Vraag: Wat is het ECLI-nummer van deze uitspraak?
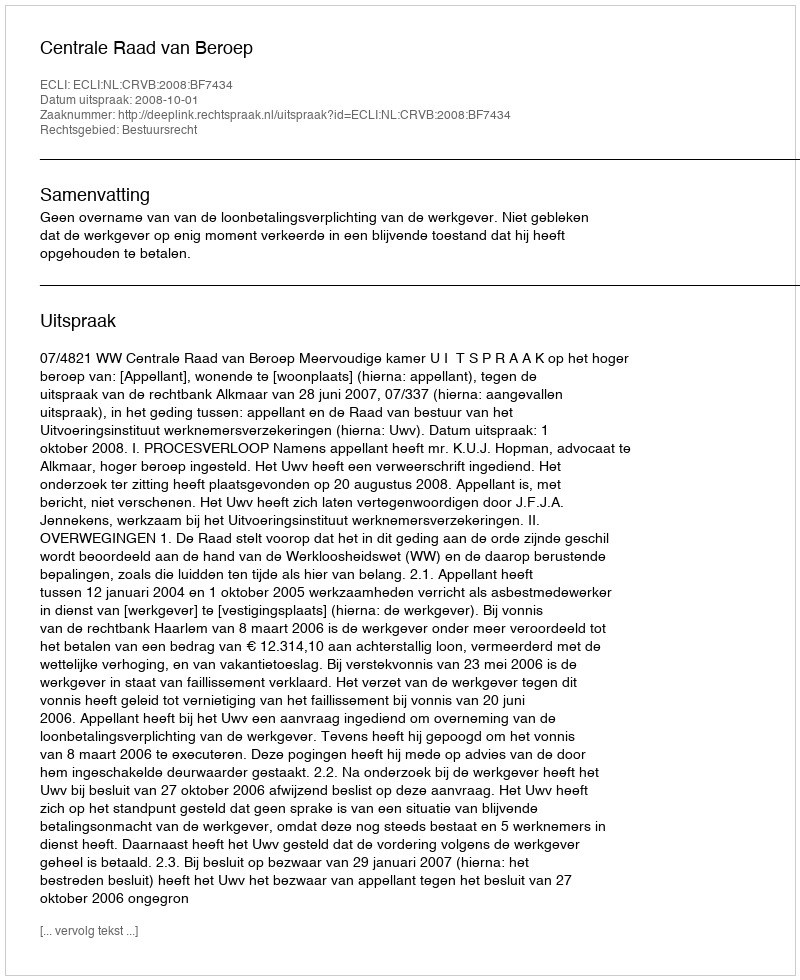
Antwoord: ECLI:NL:CRVB:2008:BF7434